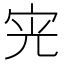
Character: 𭓪